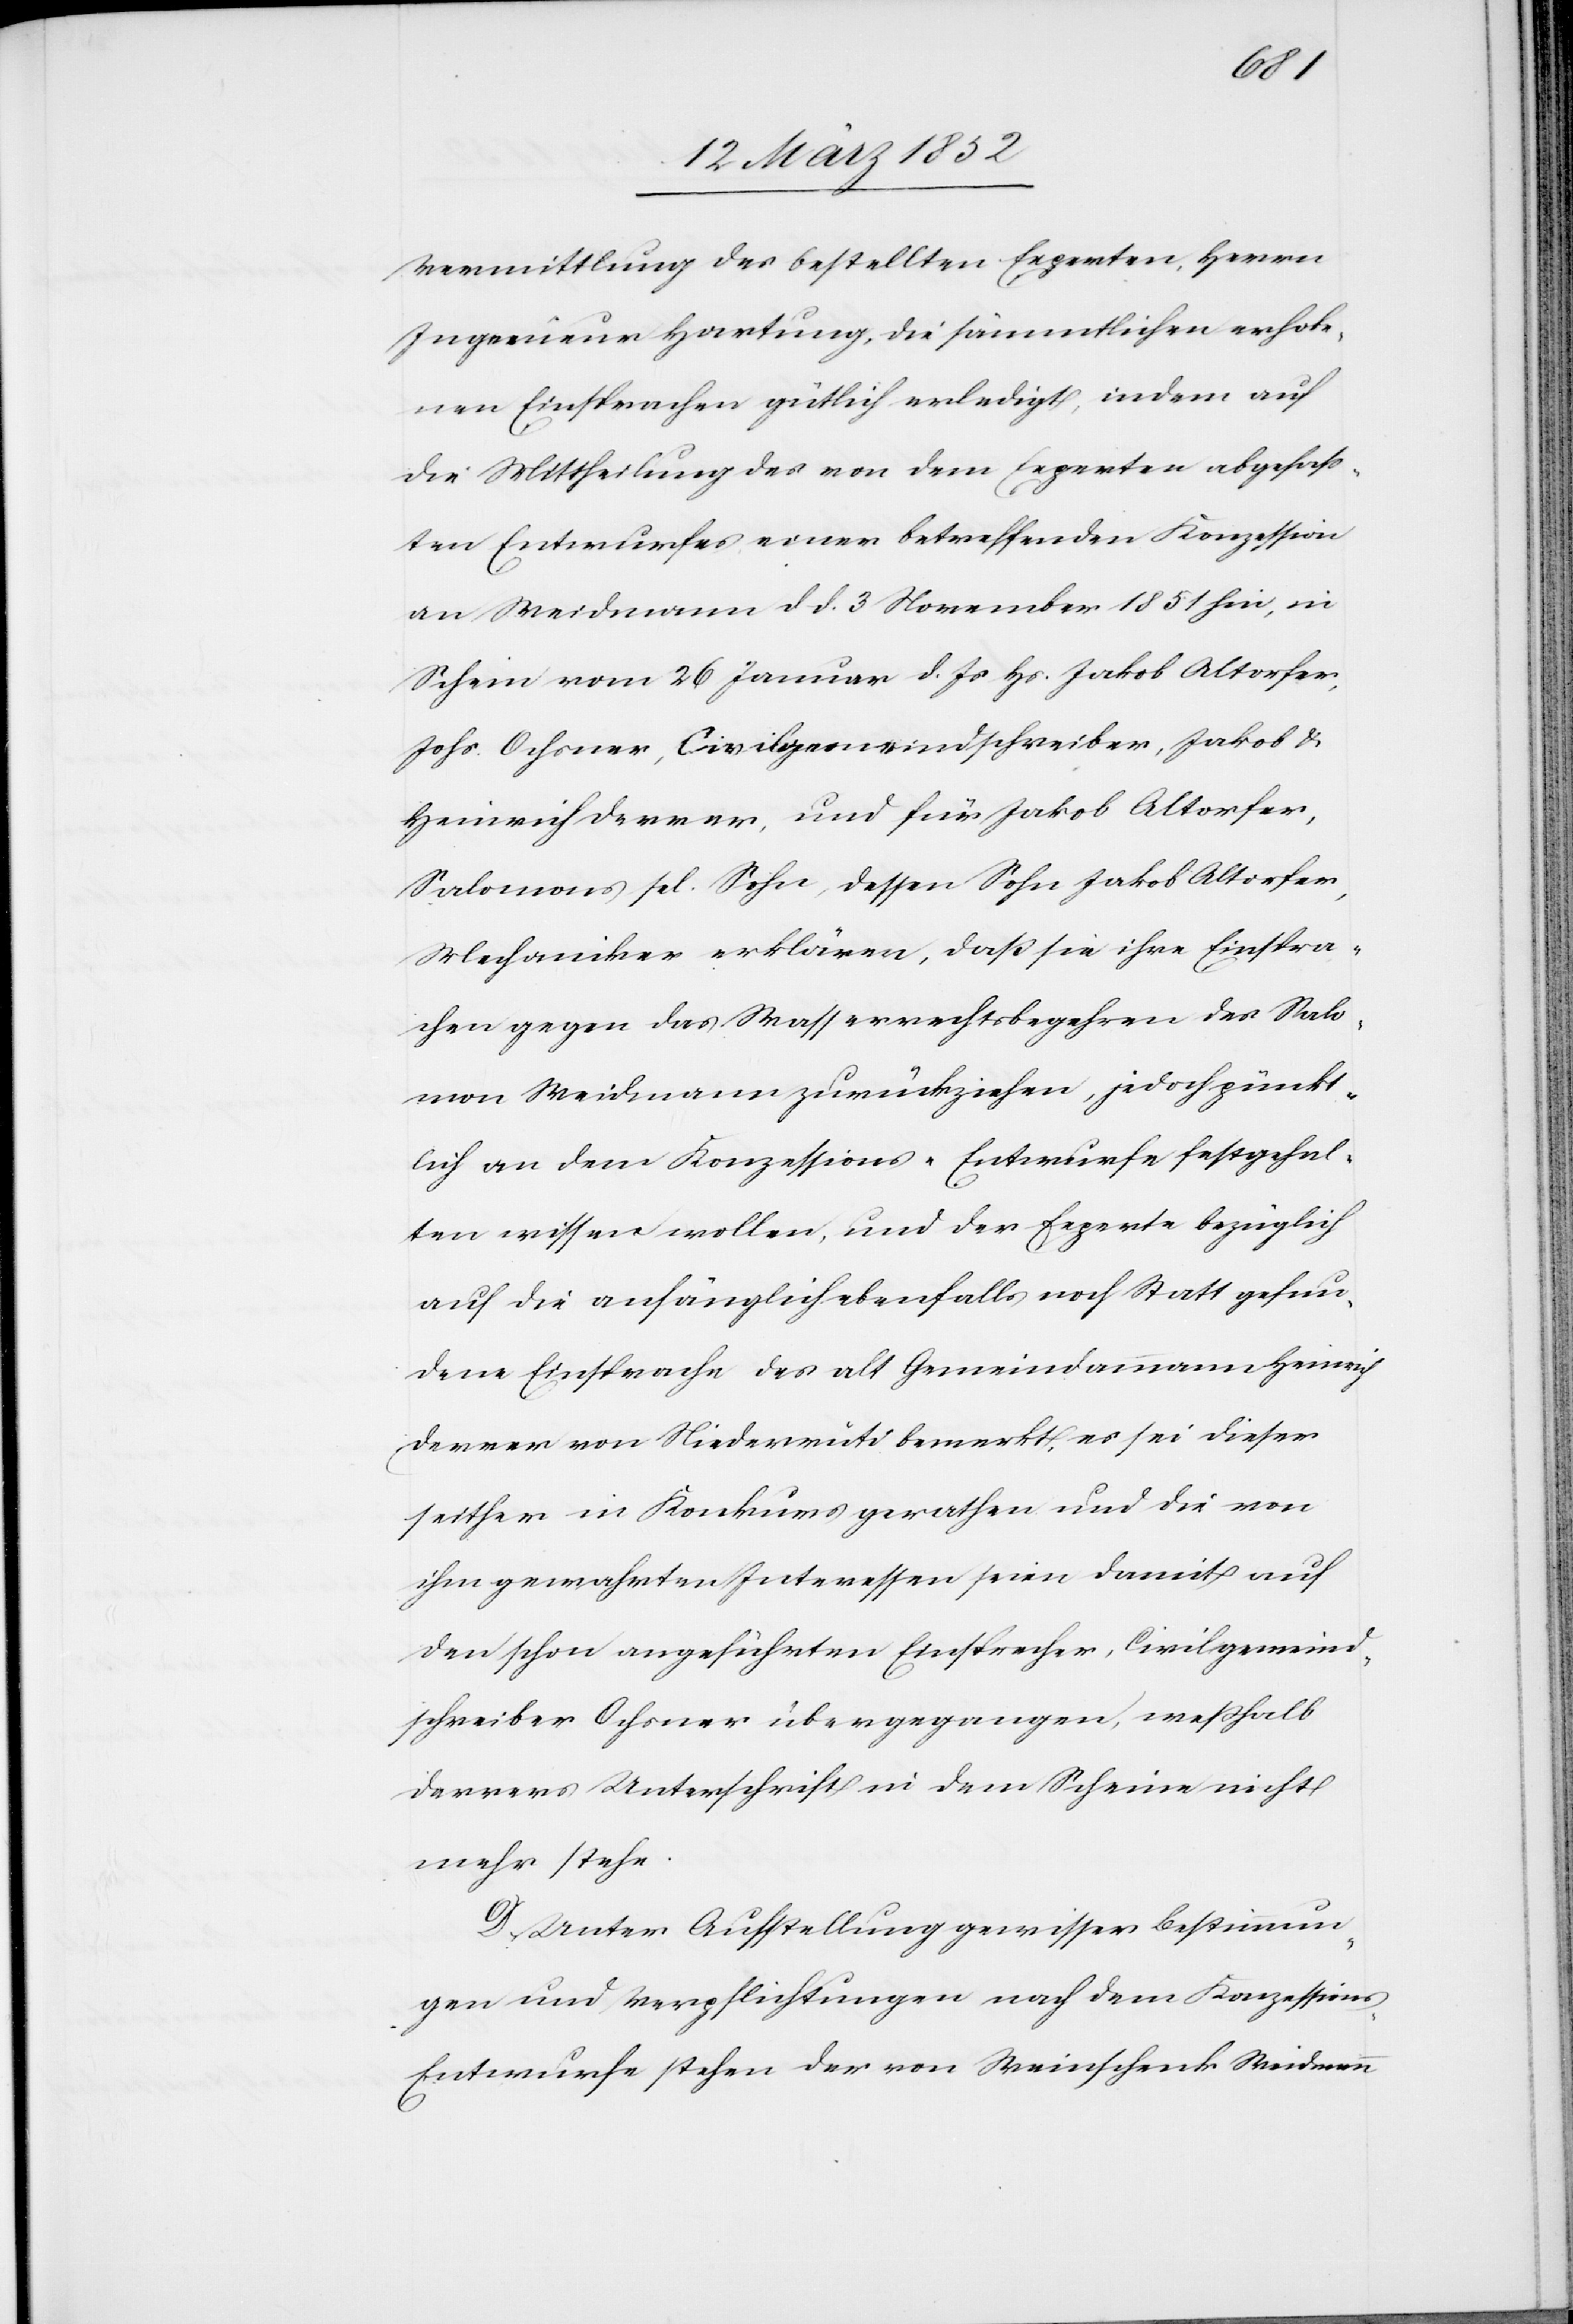
Vermittlung des bestellten Experten, Herrn
Ingenieur Hartung, die sämmtlichen erhobe¬
nen Einsprachen gütlich erledigt, indem auf
die Mittheilung des von dem Experten abgefaß¬
ten Entwurfes einer betreffenden Konzession
an Weidmann dd. 3 November 1851 hin, in
Schein vom 26 Januar d. Js Hs. Jakob Altorfer,
Johs. Ochsner, Civilgemeindschreiber, Jakob u.
Heinrich Derrer, und für Jakob Altorfer,
Salomons sel. Sohn, dessen Sohn Jakob Altorfer,
Mechaniker erklären, daß sie ihre Einspra¬
chen gegen das Wasserwerksbegehren des Salo¬
mon Weidmann zurückziehen, jedoch pünkt¬
lich an dem Konzessions-Entwurfe festgehal¬
ten wissen wollen, und der Experte bezüglich
auf die anfänglich ebenfalls noch Statt gefun¬
dene Einsprache des alt Gemeindammann Heinrich
Derrer von Niederrüti bemerkt, es sei dieser
seither in Konkurs gerathen und die von
ihm gewahrten Interessen seien damit auf
den schon angeführten Einsprecher, Civilgemeind¬
schreiber Ochsner übergegangen, weßhalb
Derrers Unterschrift in dem Scheine nicht
mehr stehe.
D. Unter Aufstellung gewisser Bestimmun¬
gen und Verpflichtungen nach dem Konzession¬
s-Entwurfe stehen der von Weinschenk Weidmann